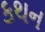
કથન